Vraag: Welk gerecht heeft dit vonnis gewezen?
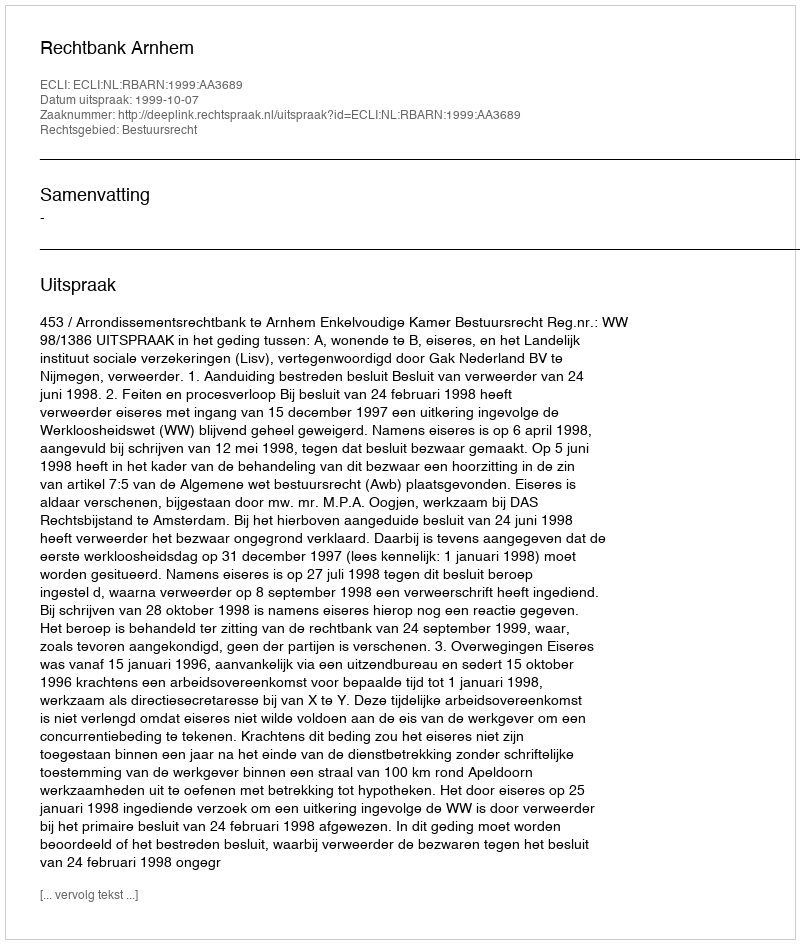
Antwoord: Rechtbank Arnhem